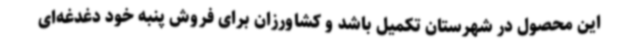
این محصول در شهرستان تکمیل باشد و کشاورزان برای فروش پنبه خود دغدغه‌ای